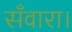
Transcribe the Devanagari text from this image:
सँवारा।